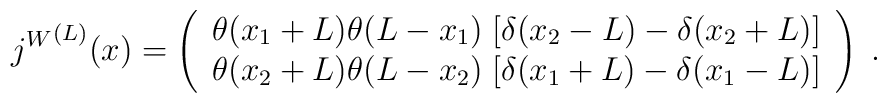
{j^W}^{(L)}(x) = \left( \begin{array}{l}\theta(x_1 + L) \theta(L-x_1) \; [\delta(x_2 - L) - \delta(x_2 + L) ] \\\theta(x_2 + L) \theta(L-x_2) \; [\delta(x_1 + L) - \delta(x_1 - L) ]\end{array} \right) \; .